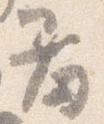
羞